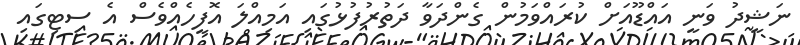
ނަޝީދު ވަނީ އައްޑޫއަށް ކުރައްވަމުން ގެންދަވާ ދަތުރުފުޅުގައި އަމިއްލަ އޮފީހެއްވެސް އެ ސިޓިގައި